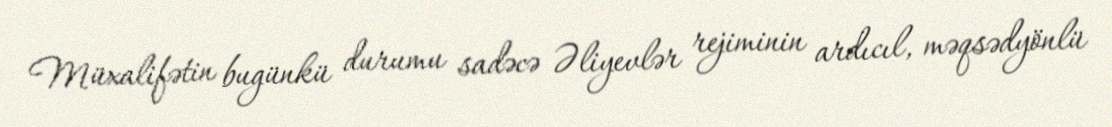
Müxalifətin bugünkü durumu sadəcə Əliyevlər rejiminin ardıcıl, məqsədyönlü